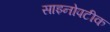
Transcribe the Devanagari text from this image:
साइनोपटीक